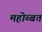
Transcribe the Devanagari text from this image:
महोब्बत